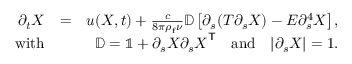
\begin{array} { r l r } { \partial _ { t } { \ensuremath \boldsymbol { X } } } & { = } & { { \ensuremath \boldsymbol { u } } ( { \ensuremath \boldsymbol { X } } , t ) + \frac { c } { 8 \pi \rho _ { \mathrm { f } } \nu } \mathbb { D } \left[ \partial _ { s } ( T \partial _ { s } { \ensuremath \boldsymbol { X } } ) - E \partial _ { s } ^ { 4 } { \ensuremath \boldsymbol { X } } \right] , } \\ { \mathrm { w i t h } } & { } & { \mathbb { D } = \mathbb { 1 } + \partial _ { s } { \ensuremath \boldsymbol { X } } \partial _ { s } { \ensuremath \boldsymbol { X } } ^ { \mathsf { T } } \quad \mathrm { a n d } \quad | \partial _ { s } { \ensuremath \boldsymbol { X } } | = 1 . } \end{array}